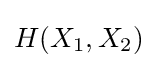
H(X_{1},X_{2})